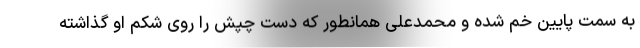
به سمت پایین خم شده و محمدعلی همانطور که دست چپش را روی شکم او گذاشته